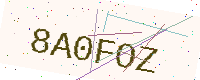
Text: 8A0FOZ